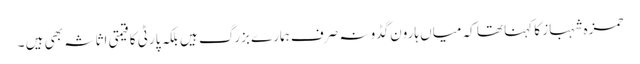
حمزہ شہباز کا کہنا تھا کہ میاں ہارون گڈو نہ صرف ہمارے بزرگ ہیں بلکہ پارٹی کا قیمتی اثاثہ بھی ہیں ۔